NAE_EAA_T-354_Tartu_Tamme_Gumnaasium, lk 21
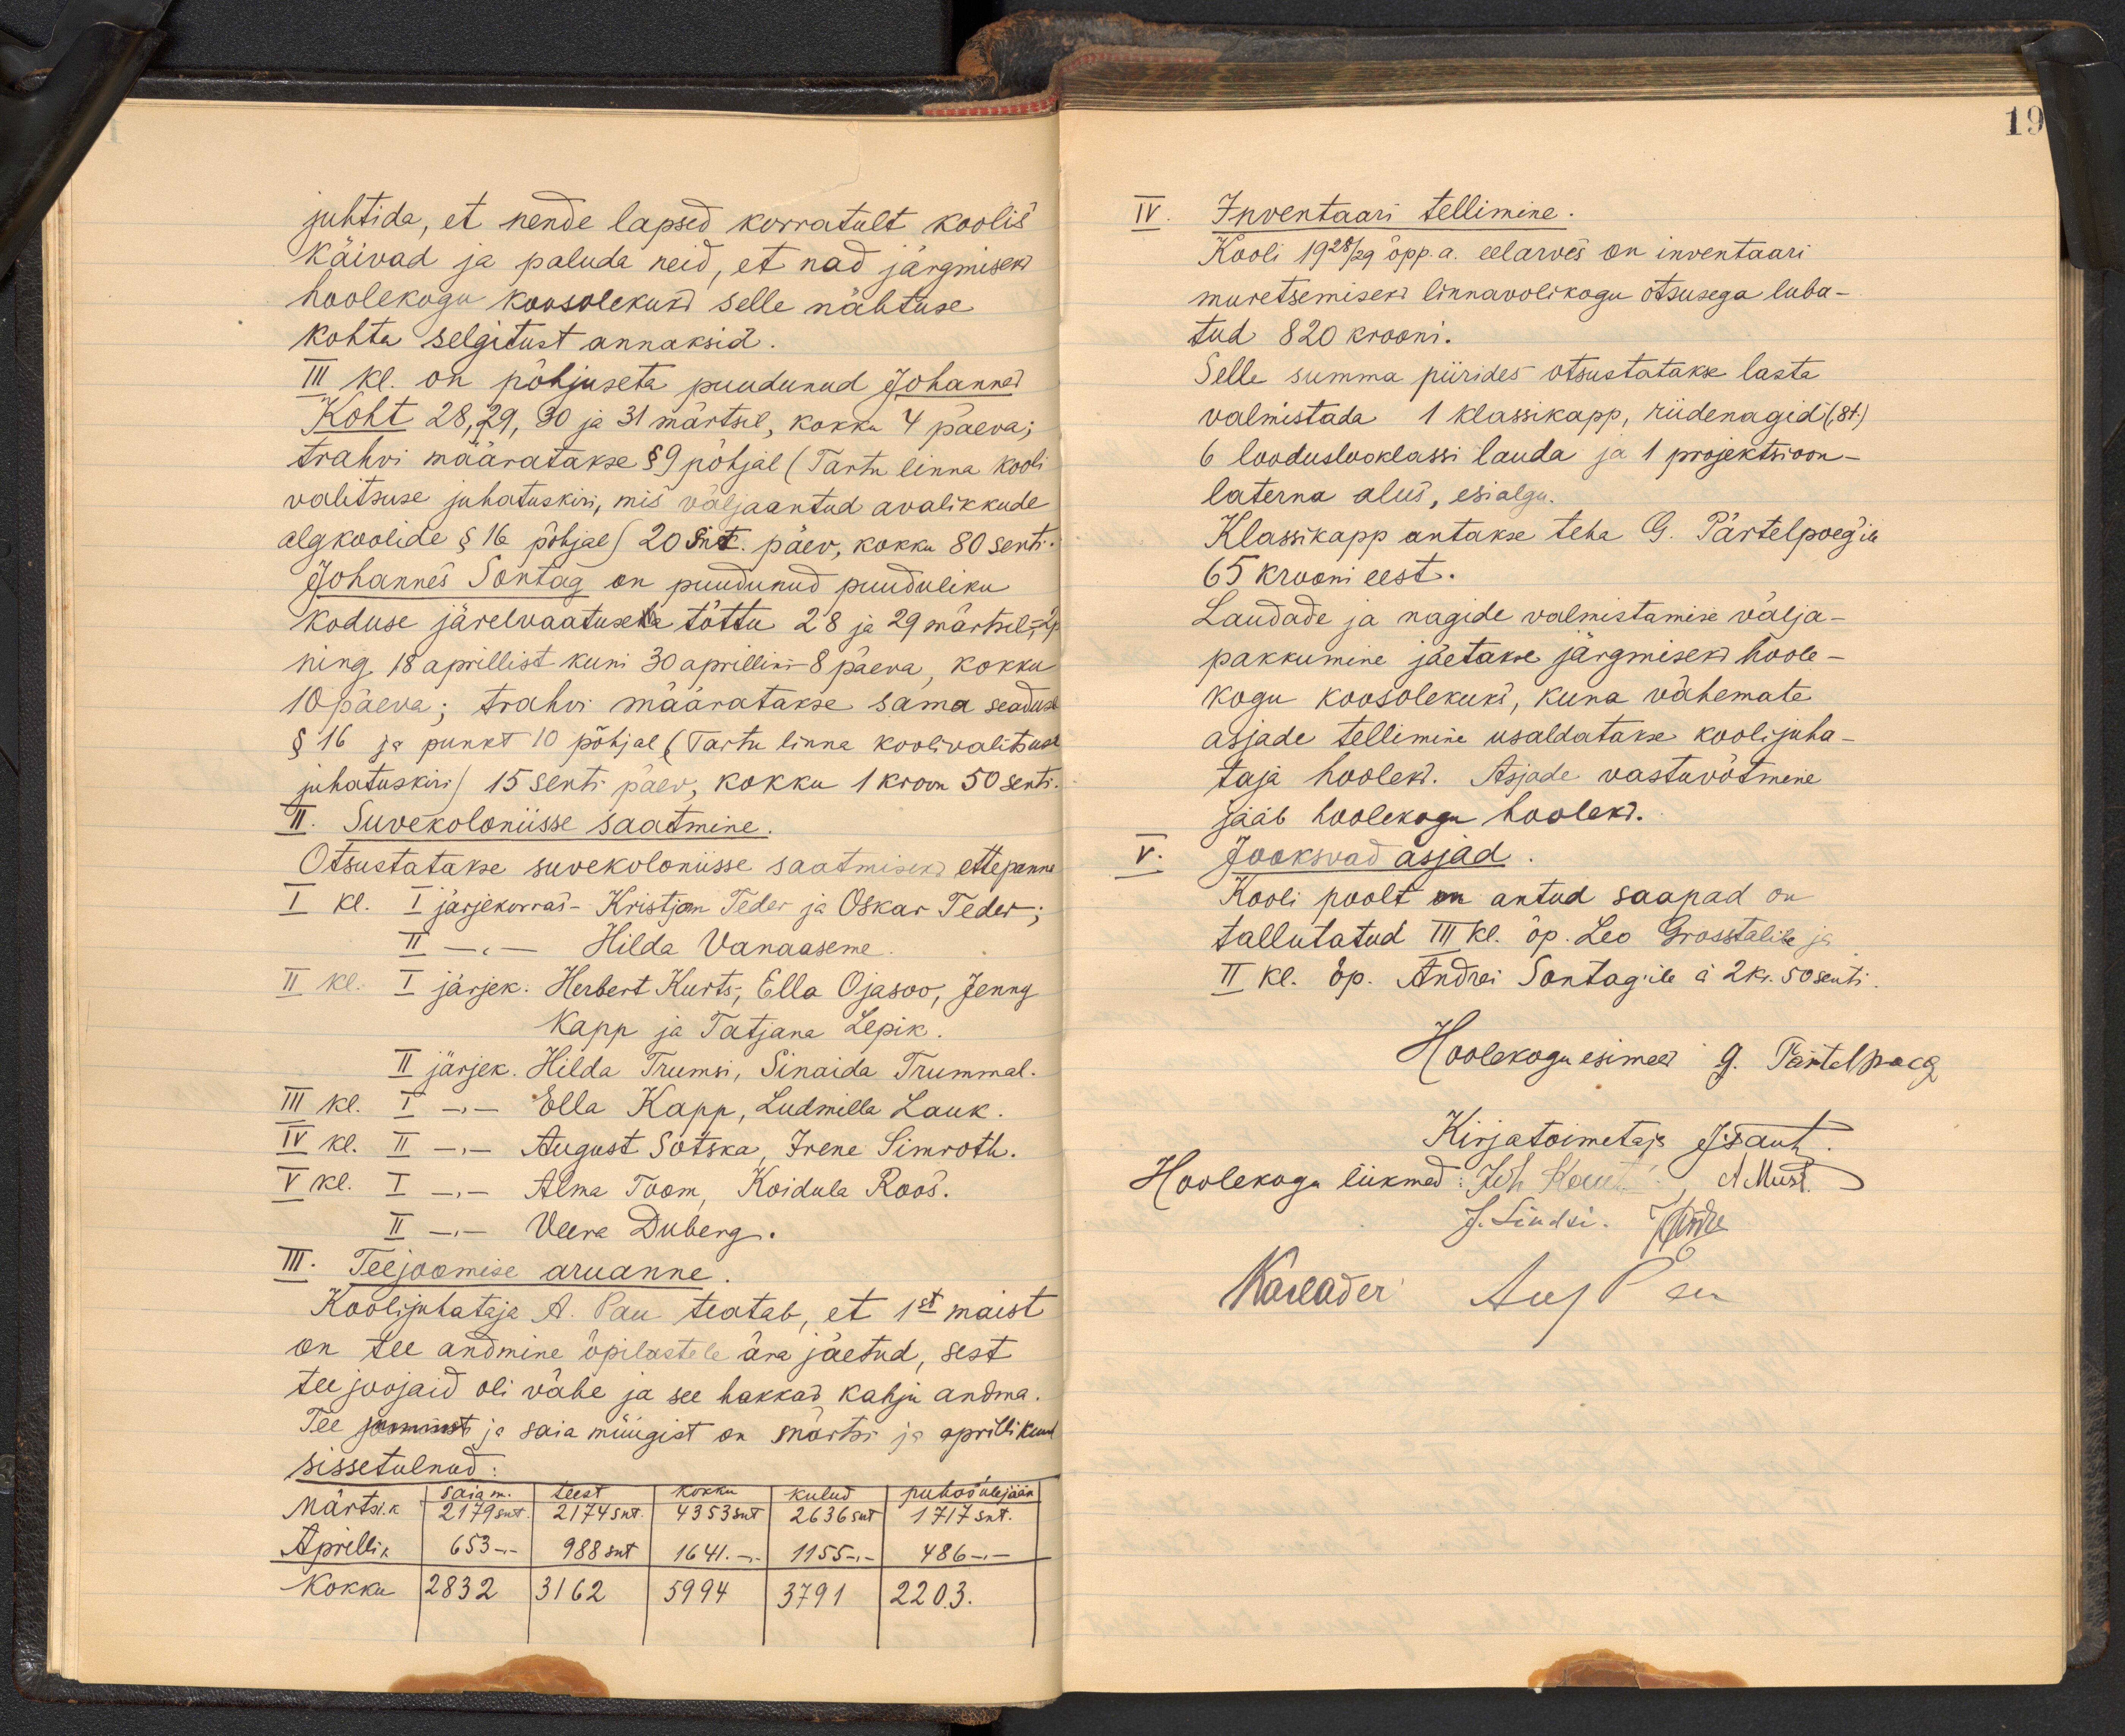
19

juhtida, et nende lapsed korratult koolis
käivad ja paluda neid, et nad järgmiseks
hoolekogu koosolekuks selle nähtuse
kohta selgitust annaksid.
III kl. on põhjuseta puudunud Johannes
Koht 28, 29, 30 ja 31 märtsil, kokku 4 päeva;
trahvi määratakse § 9 põhjal (Tartu linna kooli-
valitsuse juhatuskiri, mis väljaantud avalikkude
algkoolide § 16 põhjal) 20 snt. päev, kokku 80 senti
Johannes Sontag on puudunud puuduliku
koduse järelvaatusele tõttu 28 ja 29 märtsil =2p
ning 18 aprillist kuni 30 aprillini - 8 päeva, kokku
10 päeva; trahvi määratakse sama seaduse
§16 ja punkt 10 põhjal (Tartu linna koolivalitsuse
juhatuskiri ) 15 senti päev, kokku 1 kroon 50 senti.
II. Suvekoloniisse saatmine.
Otsustatakse suvekoloniisse saatmiseks ettepanna
I kl. I järjekorras-Kristjan Teder ja Oskar Teder;
II - - Hilda Vanaaseme
II kl. I järjek. Herbert Kurts, Ella Ojasoo, Jenny
Kapp ja Tatjana Lepik.
II järjek. Hilda Trumsi, Sinaida Trummal.
III kl. I - - Ella Kapp, Ludmilla Lauk.
IV kl. II -, - August Sotska, Irene Simroth.
V kl. I - Alma Toom, Koidula Roos.
II - " - Veera Duberg.
III. Teejoomise aruanne.
Koolijuhataja A. Pau teatab, et 1st maist
on tee andmine õpilastele ära jäetud, sest
tee joojaid oli vähe ja see hakkas kahju andma.
Tee joomisest ja saia müügist on märtsi ja aprillikuul
sissetulnud:
saia m.  teest  kokku  kulud puhas ülejääk
Märtsik  2179 snt. 2174 snt. 4353 snt. 2636 snt  1717 snt
Aprillik 653 - 988snt 1641.- 1155 - 486 -
Kokku 2832 3162 5994 3791 2203.

IV. Inventaari tellimine.
Kooli 1928/29 õpp.a. eelarves on inventaari
muretsemiseks linnavolikogu otsusega luba-
tud 820 krooni.
Selle summa piirides otsustatakse lasta
valmistada 1 klassikapp, riidenagid (8t.)
6 looduslooklassi lauda ja 1 projektsioon-
laterna alus, esialgu.
Klassikapp antakse teha G. Pärtelpoeg`ile
65 krooni eest.
Laudade ja nagide valmistamise välja-
pakkumine jäetakse järgmiseks hoole-
kogu koosolekuks, kuna vähemate
asjade tellimine usaldatakse koolijuha-
taja hooleks. Asjade vastuvõtmine
Jääb hoolekogu hooleks.
V. Jookswad asjad.
Kooli poolt antud saapad on
tallutatud III kl. õp. Leo Grosstalile ja
II kl. õp. Andrei Sontagile á 2 kr. 50 senti.
Hoolekogu esimees G. Pärtelpoeg
Kirjatoimetaja Jrsant
Hoolekogu liikmed: Juh. Kruet! A Must
J. Lindsi Andre
Kauader AugPau